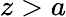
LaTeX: z>a